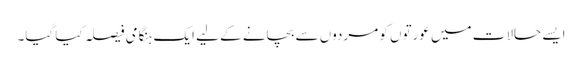
ایسے حالات میں عورتوں کو مردوں سے بچانے کے لیے ایک ہنگامی فیصلہ کیا گیا۔